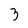
Character: 3